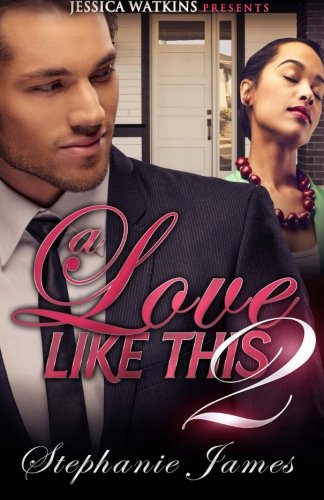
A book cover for A Love Like This 2: The Finale; Stephanie James; Romance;